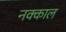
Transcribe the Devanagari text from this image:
नक्काल